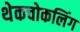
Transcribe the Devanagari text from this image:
थेकचोकलिंग